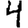
Digit: 4